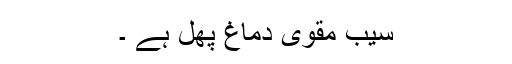
سیب مقوی دماغ پھل ہے ۔